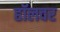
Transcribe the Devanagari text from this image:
हॉलवर